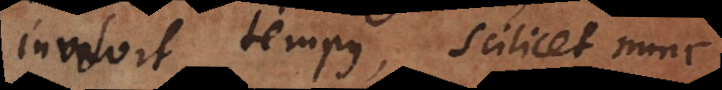
involvit tempus, scilicet nunc.